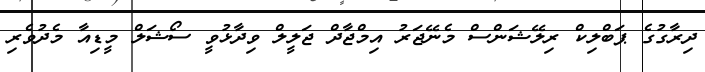
ދިރާގުގެ ޕަބްލިކް ރިލޭޝަންސް މެނޭޖަރު އިމްޖާދް ޖަލީލް ވިދާޅުވީ ސޯޝަލް މީޑިއާ މެދުވެރި